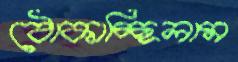
ঠোকাচ্ছিলাম